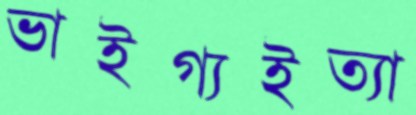
ভাইগ্যইত্যা